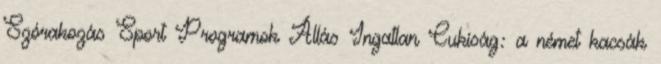
Szórakozás Sport Programok Állás Ingatlan Cukiság: a német kacsák